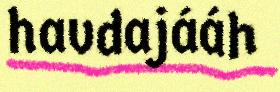
havdajááh